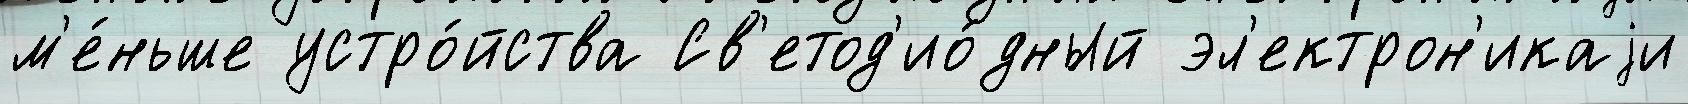
м'е́ньше устро́йства Св'етод'ио́дный эл'ектрон'икаjи